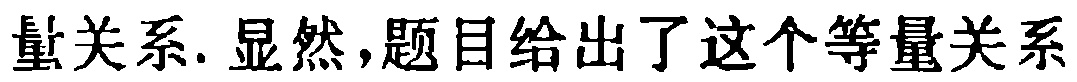
量关系. 显然,题目给出了这个等量关系